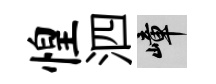
惶泗嶂